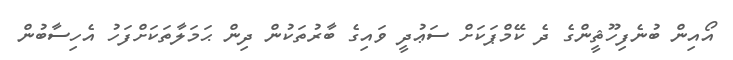
އޯއިން ބުނެފިހޫޘީންގެ ދެ ކޭމްޕަކަށް ސަޢުދީ ވައިގެ ބާރުތަކުން ދިން ޙަމަލާތަކަށްފަހު އެހިސާބުން